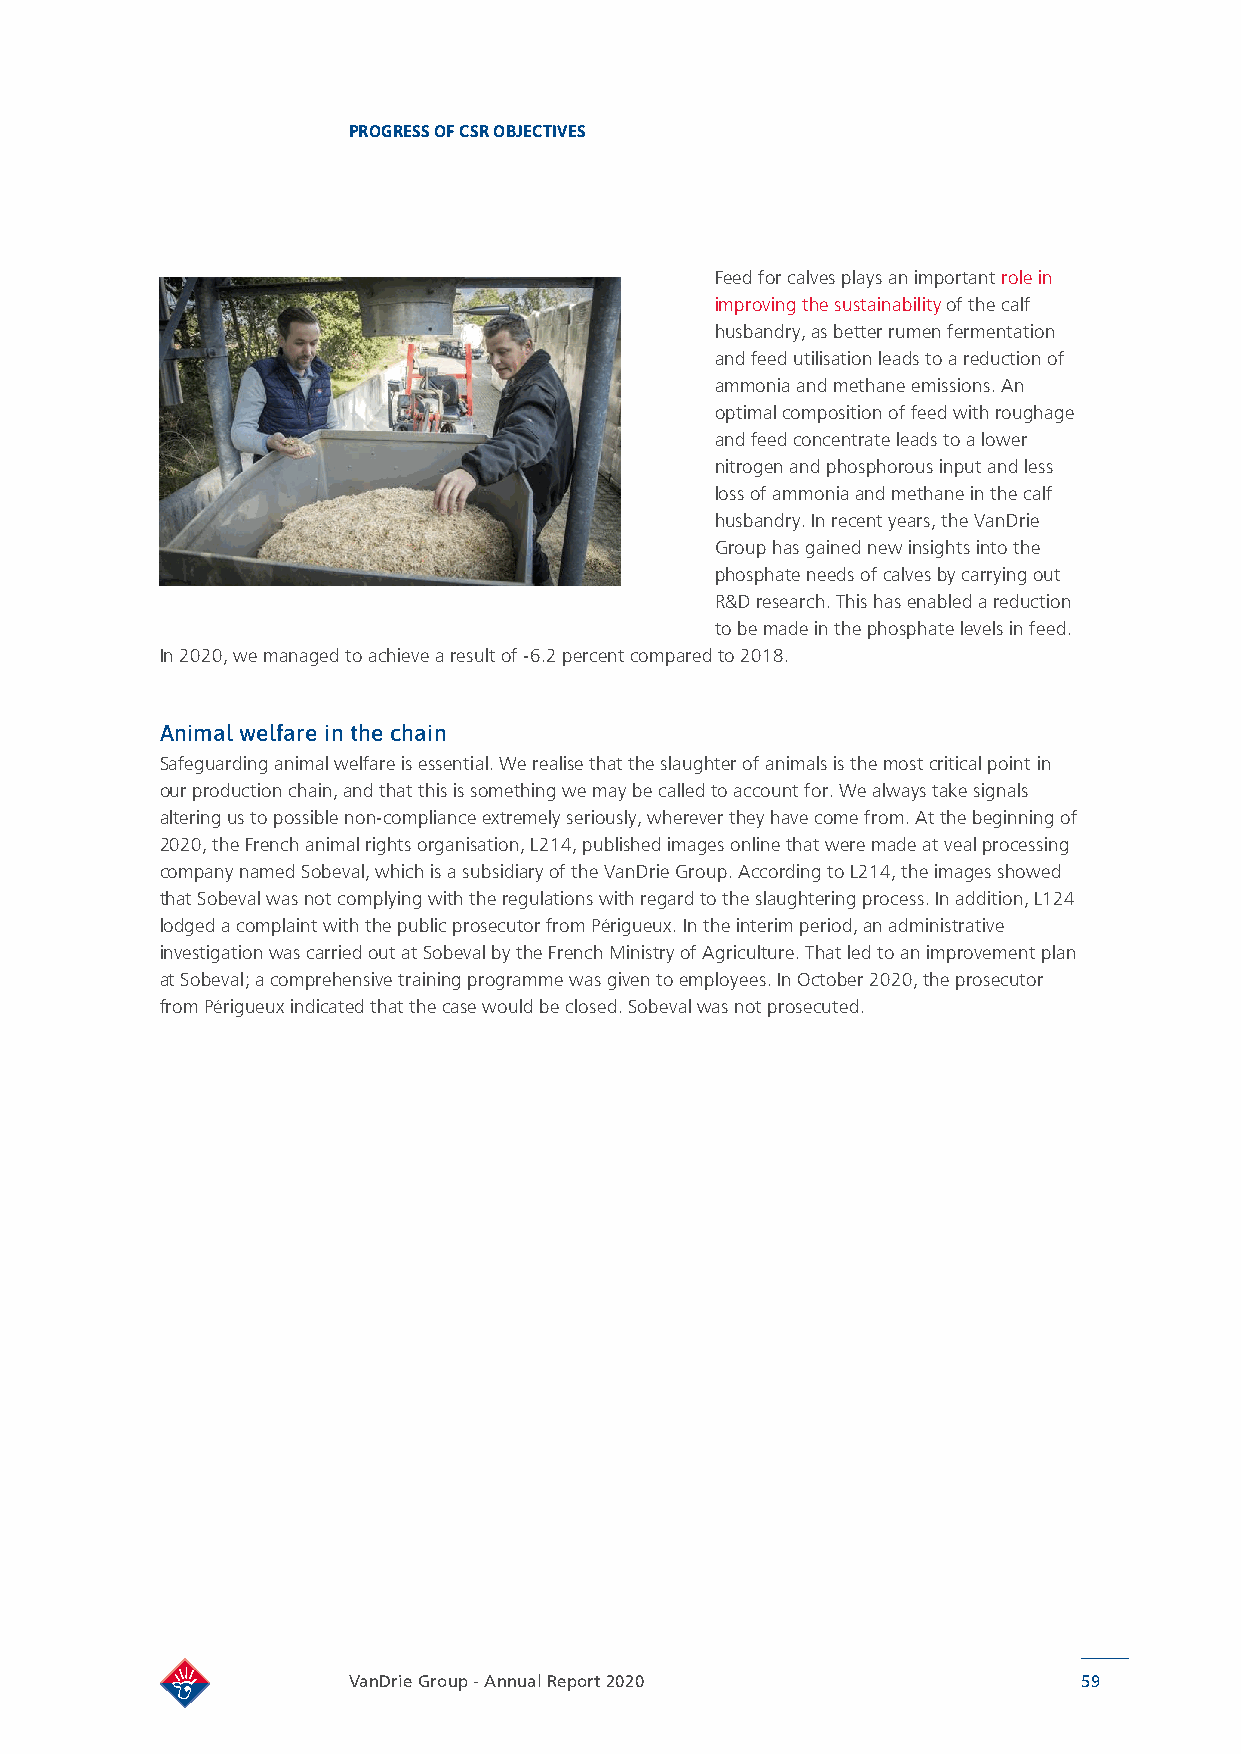
PROGRESS OF CSR OBJECTIVES
 Feed for calves plays an important role in
 improving the sustainability of the calf
 husbandry, as better rumen fermentation
 and feed utilisation leads to a reduction of
 ammonia and methane emissions. An
 optimal composition of feed with roughage
 and feed concentrate leads to a lower
 nitrogen and phosphorous input and less
 loss of ammonia and methane in the calf
 husbandry. In recent years, the VanDrie
 Group has gained new insights into the
 phosphate needs of calves by carrying out
 R&D research. This has enabled a reduction
 to be made in the phosphate levels in feed.
 In 2020, we managed to achieve a result of -6.2 percent compared to 2018.
 Animal welfare in the chain
 Safeguarding animal welfare is essential. We realise that the slaughter of animals is the most critical point in
 our production chain, and that this is something we may be called to account for. We always take signals
 altering us to possible non-compliance extremely seriously, wherever they have come from. At the beginning of
 2020, the French animal rights organisation, L214, published images online that were made at veal processing
 company named Sobeval, which is a subsidiary of the VanDrie Group. According to L214, the images showed
 that Sobeval was not complying with the regulations with regard to the slaughtering process. In addition, L124
 lodged a complaint with the public prosecutor from Périgueux. In the interim period, an administrative
 investigation was carried out at Sobeval by the French Ministry of Agriculture. That led to an improvement plan
 at Sobeval; a comprehensive training programme was given to employees. In October 2020, the prosecutor
 from Périgueux indicated that the case would be closed. Sobeval was not prosecuted.
 VanDrie Group - Annual Report 2020               59